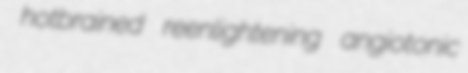
hotbrained reenlightening angiotonic